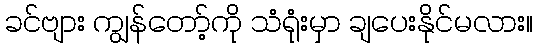
ခင်ဗျား ကျွန်တော့်ကို သံရုံးမှာ ချပေးနိုင်မလား။